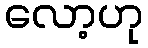
လော့ဟု